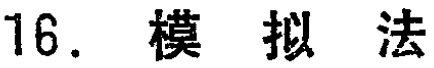
16. 模拟法